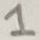
Text: 1